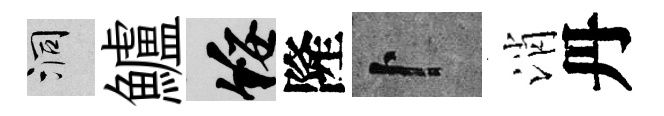
洞鱸綏隆卜消丹